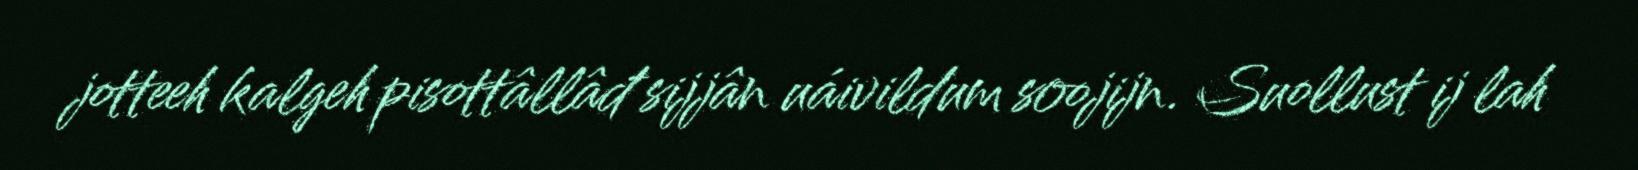
jotteeh kalgeh pisottâllâđ sijjân uáivildum soojijn. Suollust ij lah